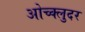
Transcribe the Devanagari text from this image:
ओच्क्लुदर